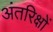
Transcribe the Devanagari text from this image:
अंतरिक्षों